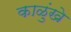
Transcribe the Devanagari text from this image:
काळुंखे